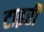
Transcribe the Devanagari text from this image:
टाइरी